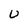
Character: u